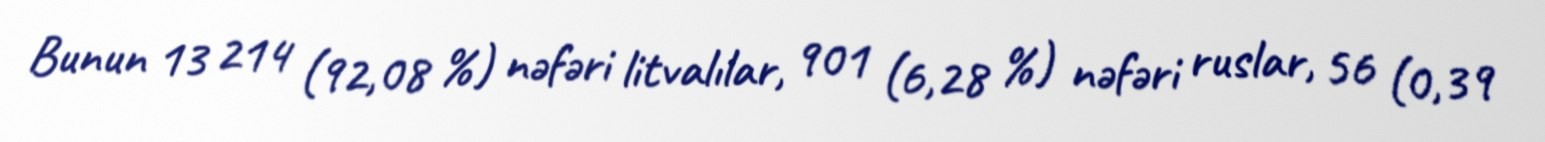
Bunun 13 214 (92,08 %) nəfəri litvalılar, 901 (6,28 %) nəfəri ruslar, 56 (0,39